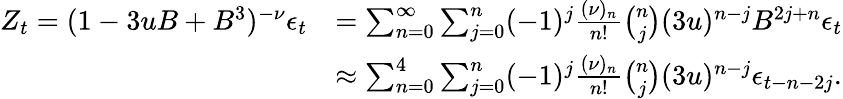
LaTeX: \begin{array}{rl}{Z_{t}=(1-3uB+B^{3})^{-\nu}\epsilon_{t}}&{=\sum_{n=0}^{\infty}\sum_{j=0}^{n}(-1)^{j}{\frac{(\nu)_{n}}{n!}}\binom{n}{j}(3u)^{n-j}B^{2j+n}\epsilon_{t}}\\ &{\approx\sum_{n=0}^{4}\sum_{j=0}^{n}(-1)^{j}{\frac{(\nu)_{n}}{n!}}\binom{n}{j}(3u)^{n-j}\epsilon_{t-n-2j}.}\end{array}